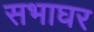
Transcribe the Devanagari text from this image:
सभाघर